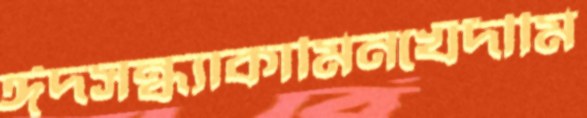
ঈদসন্ধ্যাকামিনখেঁদীমি